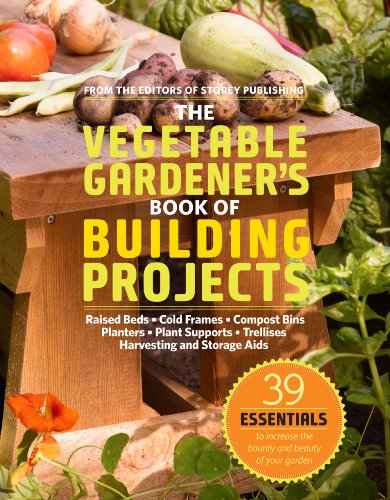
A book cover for The Vegetable Gardener's Book of Building Projects: 39 Essentials to Increase the Bounty and Beauty of Your Garden; Editors of Storey Publishing; Crafts, Hobbies & Home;